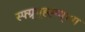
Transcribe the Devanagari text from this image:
स्फ्ग्र्य्ह्ह्य्व्४ग